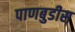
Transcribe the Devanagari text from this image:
पाणबुडीस